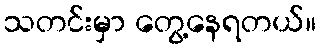
သတင်းမှာ တွေ့နေရတယ်။